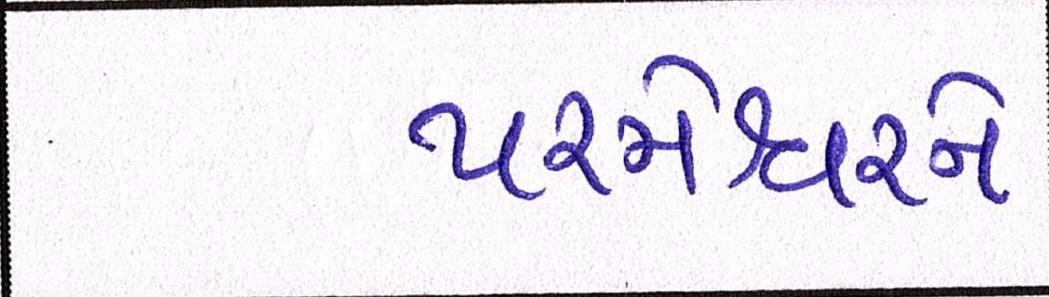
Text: પરમેશ્વરને